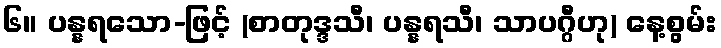
၆။ ပန္နရသော-ဖြင့် (စာတုဒ္ဒသီ၊ ပန္နရသီ၊ သာပဂ္ဂီဟု) နေ့စွမ်း